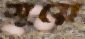
সুয়ে